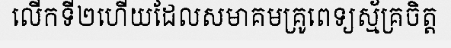
លើកទី២ហើយដែលសមាគមគ្រូពេទ្យស្ម័គ្រចិត្ត